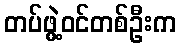
တပ်ဖွဲ့ဝင်တစ်ဦးက